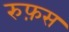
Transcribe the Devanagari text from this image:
रुफ़स